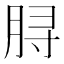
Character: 𫞅